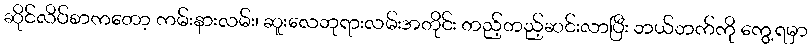
ဆိုင်လိပ်စာကတော့ ကမ်းနားလမ်း၊ ဆူးလေဘုရားလမ်းအတိုင်း တည့်တည့်ဆင်းလာပြီး ဘယ်ဘက်ကို ကွေ့ရမှာ